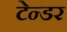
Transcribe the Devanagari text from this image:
टेन्‍डर